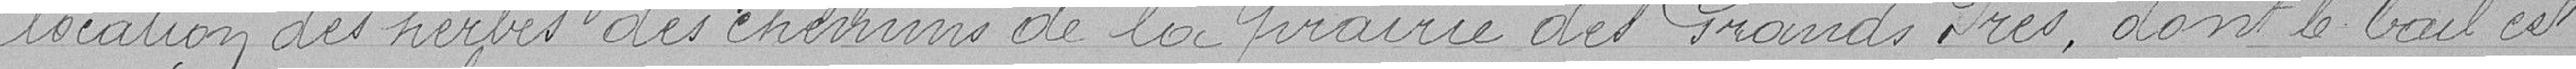
location des herbes des chemins de la prairie des Grands Prés, dont le bail ...